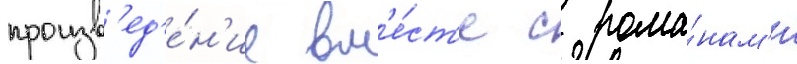
произв'ед'е́н'ие вм'е́ст'е с рома́нам'и